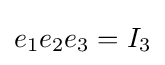
e_{1}e_{2}e_{3}=I_{3}